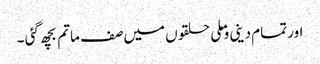
اور تمام دینی وملی حلقوں میں صف ماتم بچھ گئی ۔